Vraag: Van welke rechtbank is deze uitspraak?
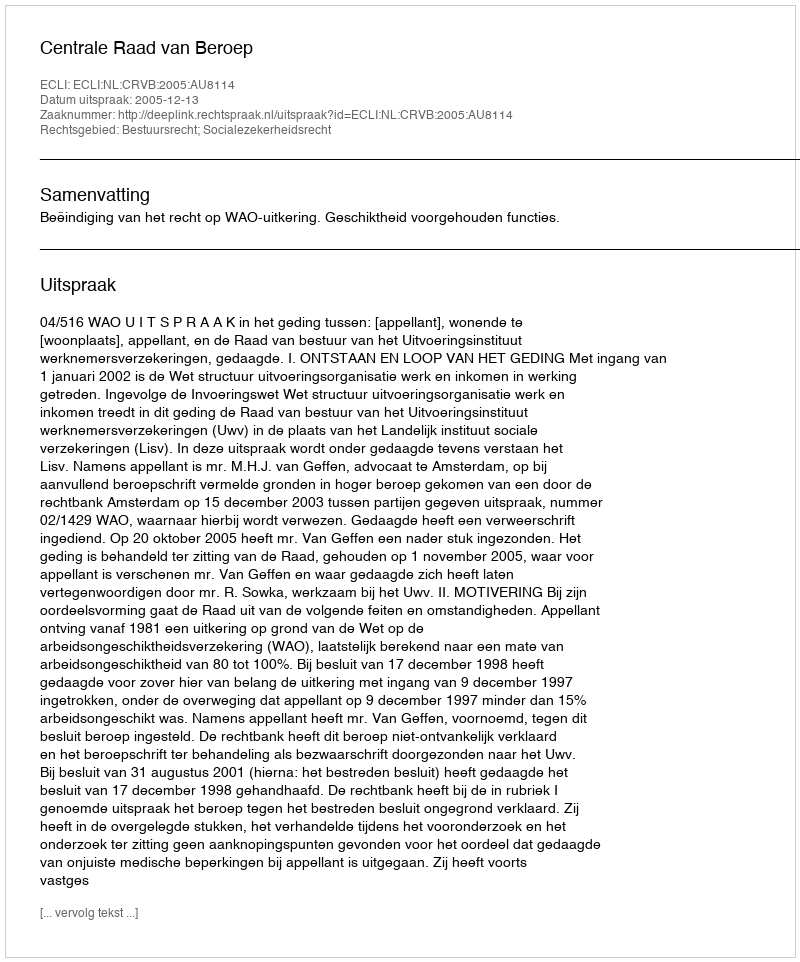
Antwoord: Centrale Raad van Beroep